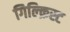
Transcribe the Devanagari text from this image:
गिल्क्रिस्ट